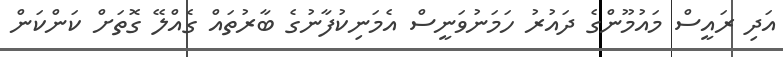
އަދި ރައީސް މައުމޫންގެ ދައުރު ހަމަނުވަނީސް އެމަނިކުފާނުގެ ބާރުތައް ގެއްލޭ ގޮތަށް ކަންކަން